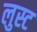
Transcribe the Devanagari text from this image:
लुस्ट